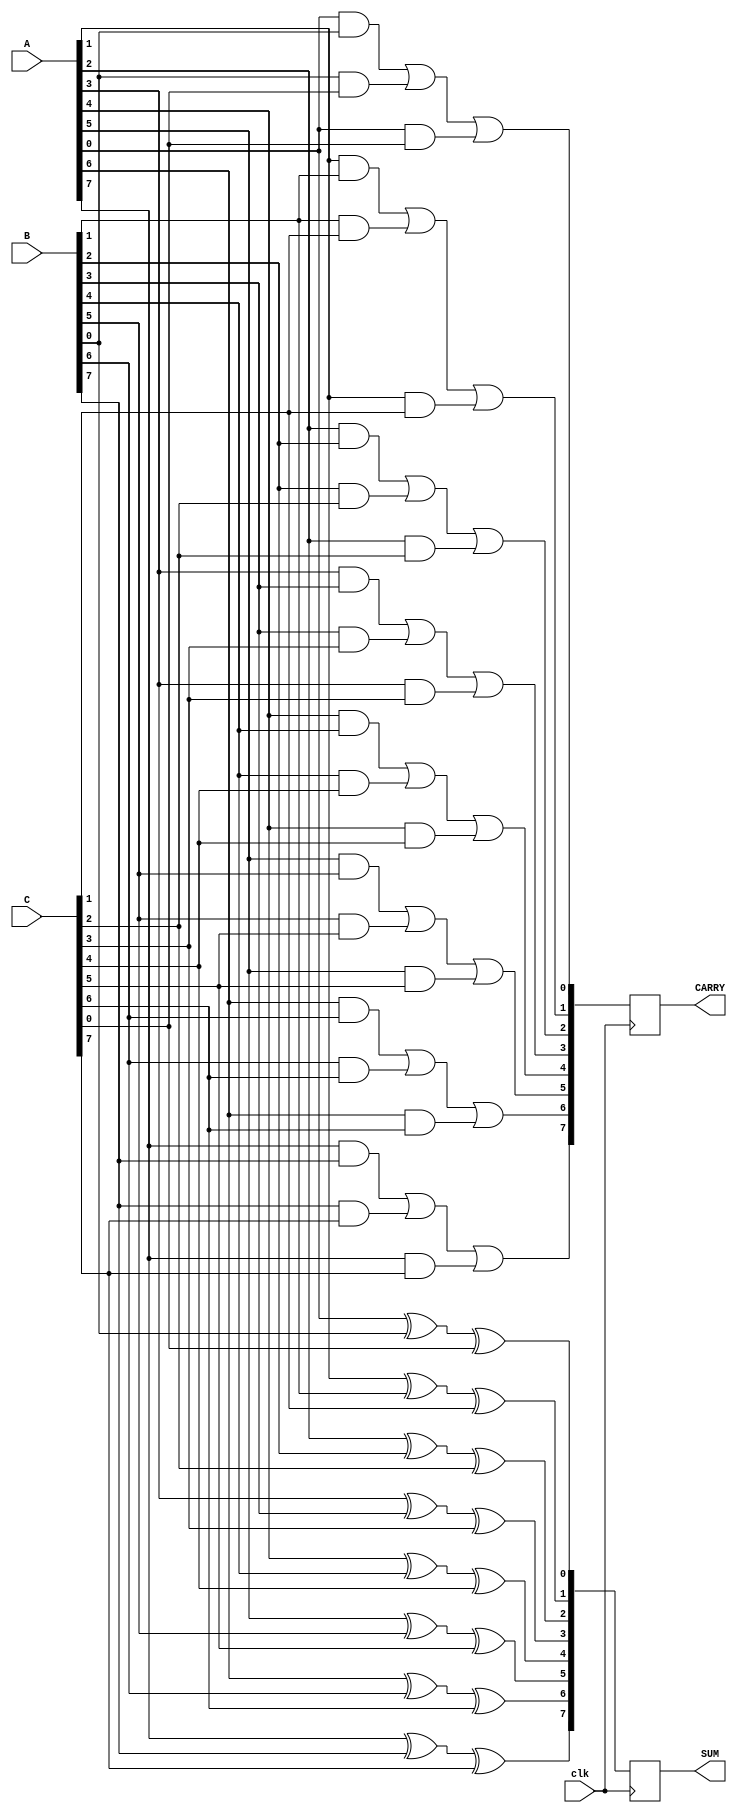
module DynamicCarrySaveAdder (
    input wire [N-1:0] A, // First input operand
    input wire [N-1:0] B, // Second input operand
    input wire [N-1:0] C, // Third input operand
    input wire clk,       // Clock signal
    output reg [N-1:0] SUM, // Sum output
    output reg [N-1:0] CARRY // Carry output
);
    parameter N = 8; // Bit-width of the operands

    // Internal wires for sum and carry
    wire [N-1:0] sum_temp;
    wire [N-1:0] carry_temp;

    // Full adder logic for three inputs
    generate
        genvar i;
        for (i = 0; i < N; i = i + 1) begin : full_adder
            wire a_bit = A[i];
            wire b_bit = B[i];
            wire c_bit = C[i];

            // Sum and carry for each bit
            assign sum_temp[i] = a_bit ^ b_bit ^ c_bit; // Sum = A XOR B XOR C
            assign carry_temp[i] = (a_bit & b_bit) | (b_bit & c_bit) | (a_bit & c_bit); // Carry = A AND B OR B AND C OR A AND C
        end
    endgenerate

    // Sequential logic to store the results
    always @(posedge clk) begin
        SUM <= sum_temp;
        CARRY <= carry_temp;
    end

endmodule